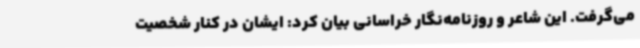
می‌گرفت. این شاعر و روزنامه‌نگار خراسانی بیان کرد: ایشان در کنار شخصیت